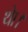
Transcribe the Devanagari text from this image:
थाे।